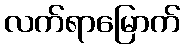
လက်ရာမြောက်